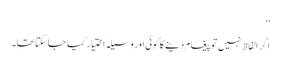
‘‘
اگر الفاظ نہیں تو پیغام دینے کا کوئی اور وسیلہ اختیار کیا جاسکتا تھا۔